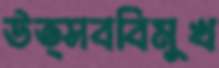
উত্সববিমুখ